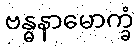
ဗန္ဓနာမောက္ခံ